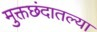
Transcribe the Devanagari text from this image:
मुक्तछंदातल्या